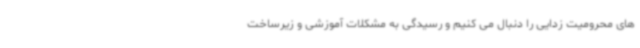
های محرومیت زدایی را دنبال می کنیم و رسیدگی به مشکلات آموزشی و زیرساخت